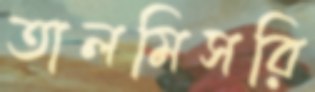
তালমিসরি